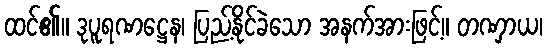
ထင်၏။ ဒုပူရဏဋ္ဌေန၊ ပြည့်နိုင်ခဲသော အနက်အားဖြင့်။ တဏှာယ၊